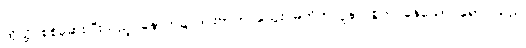
ထိုသို့ စစ်ဆေးပြီးသည့် နောက်၌ ဒင်းဗာက သွေး မတိတ်လူနာ စွဲကပ်နေသော ရောဂါသည်